Calcutta medical institutions reports 1871-78
Year: 1871
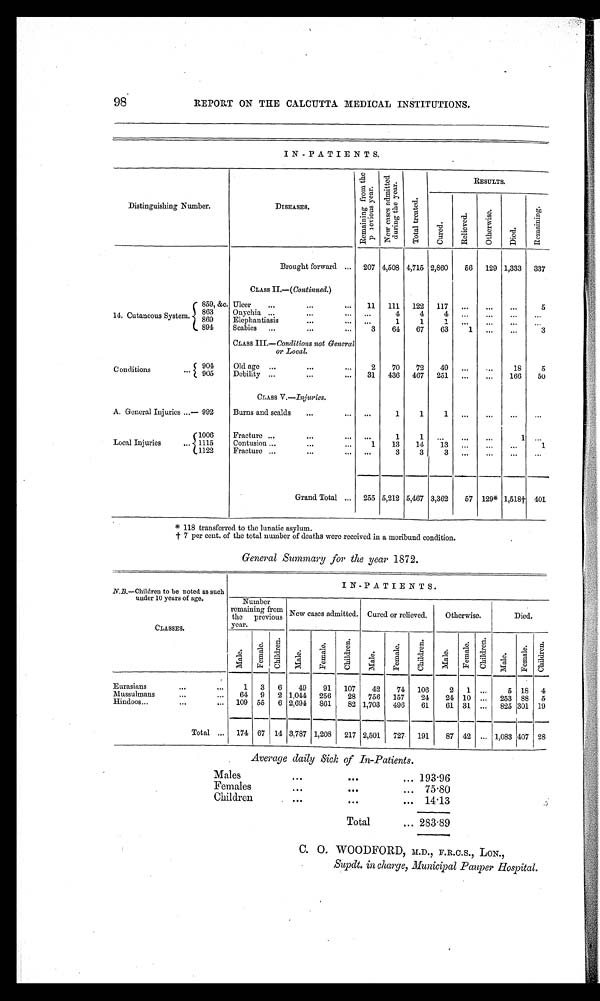
98 REPORT ON THE CALCUTTA MEDICAL INSTITUTIONS.
IN-PATIENTS.
D i s t i n g u i s h i n g N u m b e r .
D I S E A S E S .
R e m a i n i n g f r o m t h e p r e v i o u s y e a r . a Ne w c a s e s a d mi t t e d d u r i n g t h e y e a r .
T o t a l t r e a t e d .
RESULTS.
C u r e d .
R e l i e v e d .
Ot h e r wi s e .
Died.
Re ma i n i n g .
Brought forward
207 4,508 4,715 2,860
56 129 1,333 337
CLASS II.—( Continued.)
14. Cutaneous System.
859, &c. Ulcer
11 111 122 117 ...
...
...
5
863
O n y c h i a
. . .
4
4
4 ... ...
... ...
869
E l e p h a n t i a s i s
. . . 1
1
1 ...
...
... ...
894
S c a b i e s
3
64
67
63
1 ...
...
3
CLASS III.—Conditions not General
or Local.
Conditions
904
Old age
2
70
72
49 ... ...
18
5
905
Debility 31 436 467 251 ... ...
166
50
CLASS V.—Injuries.
A. General Injuries— 992
Burns and scalds
...
1
1
1 ...
...
... ...
Local Injuries
1006
Fracture
...
1
1
. . .
...
...
1 ...
1115
Contusion
1
13
14
13 ...
. . .
. . .
1
1122
F r a c t u r e
. . .
3
3
3 ...
. . . ... ...
Grand Total
255 5,212 5,467 3,362
57 129* 1,518† 401
* 118 transferred to the lunatic asylum.
† per cent. of the total number of deaths were received in a moribund condition.
General Summary for the year 1872.
N.B.—Children to be noted as such
under 10 years of age.
IN-PATIENTS.
Nu mb e r r e ma i n i n g f r o m t h e p r e v i o u s y e a r .
New cases admitted. Cured or relieved.
Otherwise.
Died.
CLASSES.
Mal e
Fe ma l e . C h i l d r e n .
Mal e.
Fe ma l e .
Chi l dr e n. Male.
Fe ma l e .
C h i l d r e n . Mal e
F e ma l e Ch i l d r e n .
Ma l e .
F e m a l e .
Chi l dr e n.
Eurasians
1 3 6
49
91 107
42
74 106
2 1 ...
5 18 4
Mussulmans
64 9 2 1,044 256
28 756 157
24
24 10 ... 253 88 5
Hindoos
109 55 6 2,694 861
82 1,703 496
61
61 31 ... 825 301 19
Total
174 67 14 3,787 1,208 217 2,501 727 191
87 42
. . . 1,083 407 28
Average daily Sick of In-Patients.
Males
193.96
Females
75.80
Children
14.13
Total
283.89
C. O. WOODFORD, M.D., F.R.C.S., LON.,
Supdt. in charge, Municipal Pauper Hospital.